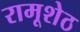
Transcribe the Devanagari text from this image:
रामूशेठ